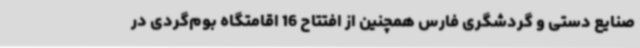
صنایع دستی و گردشگری فارس همچنین از افتتاح 16 اقامتگاه بوم‌گردی در